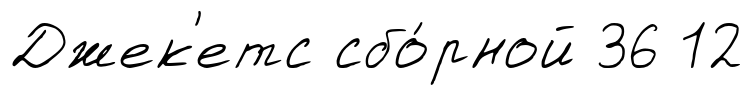
Джек'етс сбо́рной 36 12